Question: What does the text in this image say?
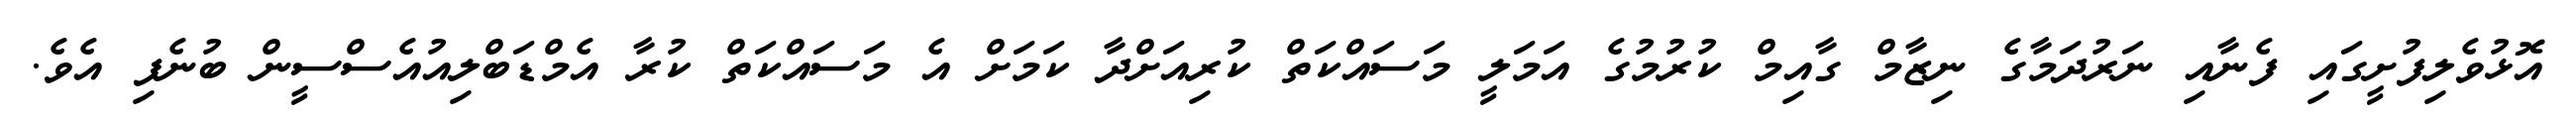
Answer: އޮޅުވެލިފުށީގައި ފެނާއި ނަރުދަމާގެ ނިޒާމް ގާއިމް ކުރުމުގެ އަމަލީ މަސައްކަތް ކުރިއަށްދާ ކަމަށް އެ މަސައްކަތް ކުރާ އެމްޑަބްލިއުއެސްސީން ބުނެފި އެވެ.